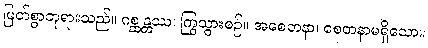
မြတ်စွာဘုရားသည်။ ဂစ္ဆန္တဿ၊ ကြွသွားစဉ်။ အစေတနာ၊ စေတနာမရှိသော။